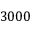
3 0 0 0